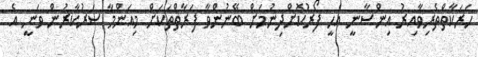
ހަރަކާތްތެރިވާއިރު އިންސާނީ އެހީ ފޯރުކޮށްދިނުމަށް ބޭނުންވާ ފަރާތްތަކަށް މިއަންމާ ސަރުކާރުން ވަނީ އެ